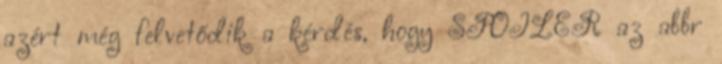
azért még felvetődik a kérdés, hogy SPOILER az abbr